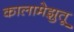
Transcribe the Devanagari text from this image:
कालामेझुतू